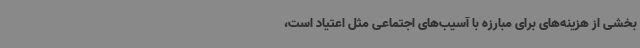
بخشی از هزینه‌های برای مبارزه با آسیب‌های اجتماعی مثل اعتیاد است،